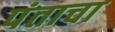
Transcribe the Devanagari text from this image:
पंताचा